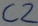
Text: C2